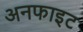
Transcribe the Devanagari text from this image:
अनफाइट